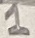
Text: 1